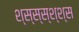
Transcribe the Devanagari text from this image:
श्स्स्स्श्श्स